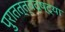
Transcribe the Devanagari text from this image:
पुरातत्त्वदृष्ट्या